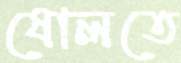
ষোলতে